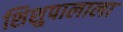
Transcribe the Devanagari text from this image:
शिशुपालाला